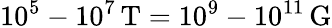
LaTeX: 10^{5}-10^{7}\, \mathrm{T}=10^{9}-10^{11}\, \mathrm{G}